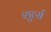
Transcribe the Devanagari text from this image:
शुर्त्स